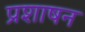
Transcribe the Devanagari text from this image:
प्रशाषन